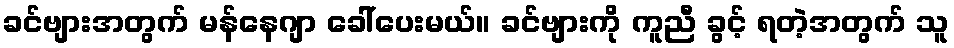
ခင်ဗျားအတွက် မန်နေဂျာ ခေါ်ပေးမယ်။ ခင်ဗျားကို ကူညီ ခွင့် ရတဲ့အတွက် သူ